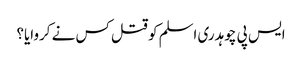
ایس پی چوہدری اسلم کو قتل کس نے کروایا؟